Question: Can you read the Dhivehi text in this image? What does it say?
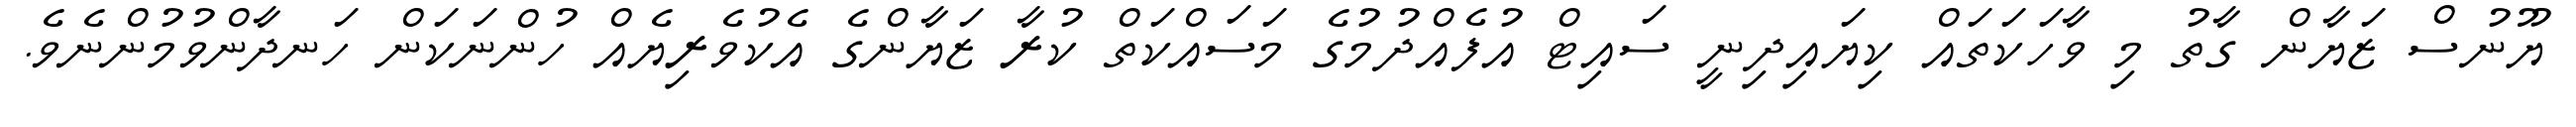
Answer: ޔޫނުސް ޒަޔާން ގާތު މި ވާހަކަތައް ކިޔައިދިނީ ސައިޓް އުފެއްދުމުގެ މަސައްކަތް ކުރާ ޒަޔާންގެ އެކުވެރިޔެއް ހުންނަކަން ހަނދާންވުމުންނެވެ.